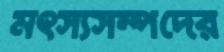
মৎস্যসম্পদের